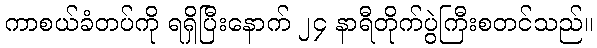
ကာစယ်ခံတပ်ကို ရရှိပြီးနောက် ၂၄ နာရီတိုက်ပွဲကြီးစတင်သည်။